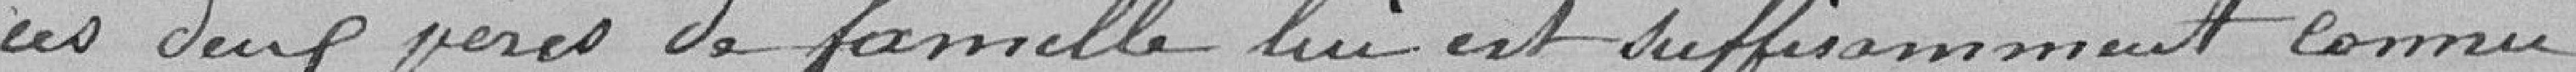
ces deux pères de famille lui est suffisamment connu